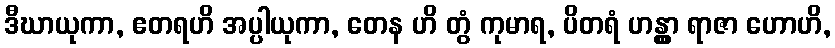
ဒီဃာယုကာ, ဧတရဟိ အပ္ပါယုကာ, တေန ဟိ တွံ ကုမာရ, ပိတရံ ဟန္တွာ ရာဇာ ဟောဟိ,